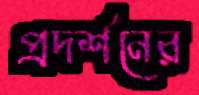
প্রদর্শনের